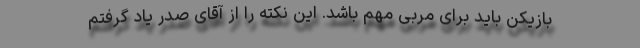
بازیکن باید برای مربی مهم باشد. این نکته را از آقای صدر یاد گرفتم